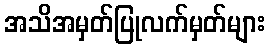
အသိအမှတ်ပြုလက်မှတ်များ